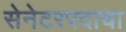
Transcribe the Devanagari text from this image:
सेनेटरपदाचा